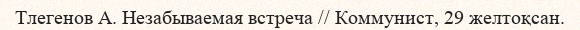
Тлегенов А. Незабываемая встреча // Коммунист, 29 желтоқсан.